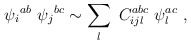
\begin{align*}{\psi_i}^{ab} \ {\psi_j}^{bc} \sim \sum_l \ C_{ijl}^{abc} \ \psi_l^{ac} \ ,\end{align*}